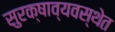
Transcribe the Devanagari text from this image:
सुरक्षाव्यवस्थेत